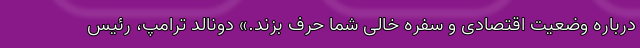
درباره وضعیت اقتصادی و سفره خالی شما حرف بزند.» دونالد ترامپ، رئیس